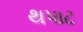
થપાટ